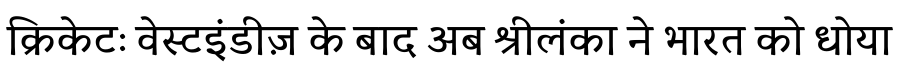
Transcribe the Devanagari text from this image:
क्रिकेटः वेस्टइंडीज़ के बाद अब श्रीलंका ने भारत को धोया